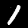
Label: 1